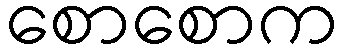
စောစောက